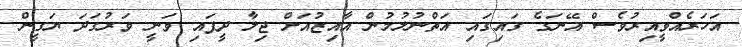
އަހަރެއްވީއިރުވެސް އޭނަގެ ގައިގައި އަތްނުލުމުން އާއިޒުއަށް ޖިލާ ދީފައި ވަނީ ވަރުގަދަ ޔަގީން